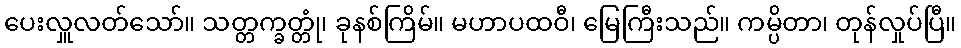
ပေးလှူလတ်သော်။ သတ္တက္ခတ္တုံ၊ ခုနစ်ကြိမ်။ မဟာပထဝီ၊ မြေကြီးသည်။ ကမ္ပိတာ၊ တုန်လှုပ်ပြီ။